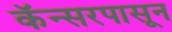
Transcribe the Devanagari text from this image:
कॅन्सरपासून